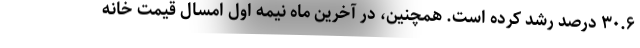
۳۰.۶ درصد رشد کرده است. همچنین، در آخرین ماه نیمه اول امسال قیمت خانه